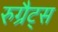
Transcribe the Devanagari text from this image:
रुग्रैट्स